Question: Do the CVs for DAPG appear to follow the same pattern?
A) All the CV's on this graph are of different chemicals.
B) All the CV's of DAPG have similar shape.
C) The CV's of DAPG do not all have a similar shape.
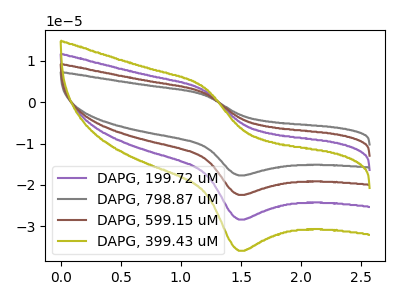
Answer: <think>The purple curve "DAPG, 199.72 uM" has an anodic peak at (1.20V, 2.80uA) and a cathodic peak at (1.50V, -28.40uA). The gray curve "DAPG, 798.87 uM" has an anodic peak at (1.20V, 8.40uA) and a cathodic peak at (1.50V, -85.25uA). The brown curve "DAPG, 599.15 uM" has an anodic peak at (1.20V, 5.60uA) and a cathodic peak at (1.50V, -56.80uA). The olive curve "DAPG, 399.43 uM" has an anodic peak at (1.20V, 3.55uA) and a cathodic peak at (1.50V, -35.95uA).
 All the peaks in "DAPG, 199.72 uM" have a peak in "DAPG, 798.87 uM" at the same potential. Every peak in "DAPG, 199.72 uM" is lower than every peak in "DAPG, 798.87 uM". All the peaks in "DAPG, 199.72 uM" have a peak in "DAPG, 599.15 uM" at the same potential. Every peak in "DAPG, 199.72 uM" is lower than every peak in "DAPG, 599.15 uM". All the peaks in "DAPG, 199.72 uM" have a peak in "DAPG, 399.43 uM" at the same potential. Every peak in "DAPG, 199.72 uM" is lower than every peak in "DAPG, 399.43 uM". All the peaks in "DAPG, 798.87 uM" have a peak in "DAPG, 599.15 uM" at the same potential. Every peak in "DAPG, 798.87 uM" is higher than every peak in "DAPG, 599.15 uM". All the peaks in "DAPG, 798.87 uM" have a peak in "DAPG, 399.43 uM" at the same potential. Every peak in "DAPG, 798.87 uM" is higher than every peak in "DAPG, 399.43 uM". All the peaks in "DAPG, 599.15 uM" have a peak in "DAPG, 399.43 uM" at the same potential. Every peak in "DAPG, 599.15 uM" is higher than every peak in "DAPG, 399.43 uM".</think>
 <answer>B) All the CV's of "DAPG" have similar shape.</answer>
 <eval>B</eval>